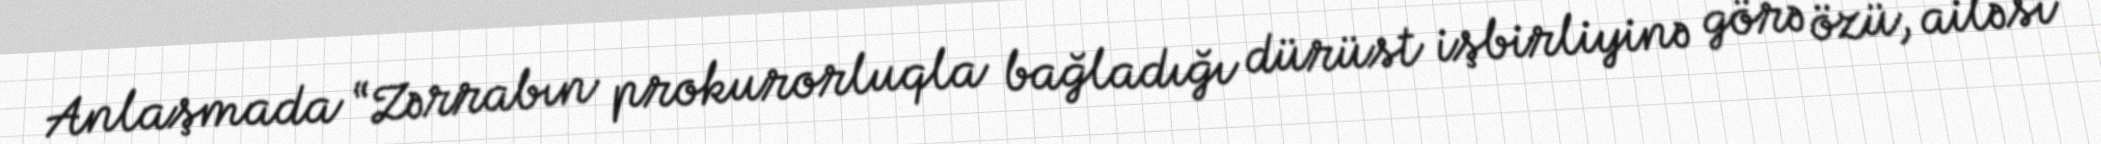
Anlaşmada “Zərrabın prokurorluqla bağladığı dürüst işbirliyinə görə özü, ailəsi